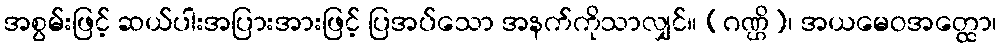
အစွမ်းဖြင့် ဆယ်ပါးအပြားအားဖြင့် ပြအပ်သော အနက်ကိုသာလျှင်။ (ဂဏ္ဌိ)၊ အယမေဝအတ္ထော၊